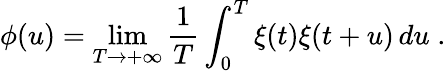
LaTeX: \phi(u)=\operatorname*{lim}_{T\to+\infty}\frac{1}{T}\int_{0}^{T}\xi(t)\xi(t+u)\, du\; .